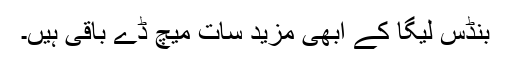
بنڈس لیگا کے ابھی مزید سات میچ ڈے باقی ہیں۔